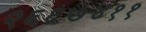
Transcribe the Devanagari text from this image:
२६६७४११